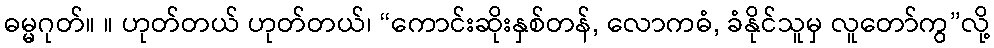
ဓမ္မဂုတ်။ ။ ဟုတ်တယ် ဟုတ်တယ်၊ “ကောင်းဆိုးနှစ်တန်, လောကဓံ, ခံနိုင်သူမှ လူတော်ကွ”လို့